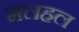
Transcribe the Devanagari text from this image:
मलहल